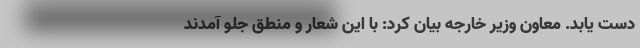
دست یابد. معاون وزیر خارجه بیان کرد: با این شعار و منطق جلو آمدند